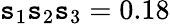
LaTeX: \mathtt{s}_{1}\mathtt{s}_{2}\mathtt{s}_{3}=0.18